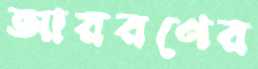
আয়রণের